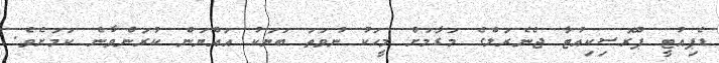
ޑެޕިއުޓީ ޕްރޮސިކިއުޓާ ޖެނެރަލްގެ މަގާމަށް މީހަކު ނުވަތަ ބަޔަކު އައްޔަން ކުރަންވާނެ ކަމަށެވެ.